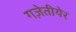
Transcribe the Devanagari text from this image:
गज़ेतीयेर